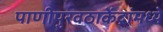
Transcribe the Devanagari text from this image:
पाणीपुरवठाकेंद्रांमध्ये